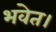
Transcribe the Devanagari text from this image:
भवेत।